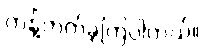
ကန့်ကွက်ခဲ့ကြပါတယ်။